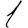
Digit: 1